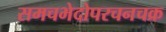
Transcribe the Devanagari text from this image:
समचभेदोपरचनचक्र